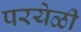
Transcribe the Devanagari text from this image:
परयेळी